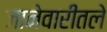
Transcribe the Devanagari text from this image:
जानेवारीतले